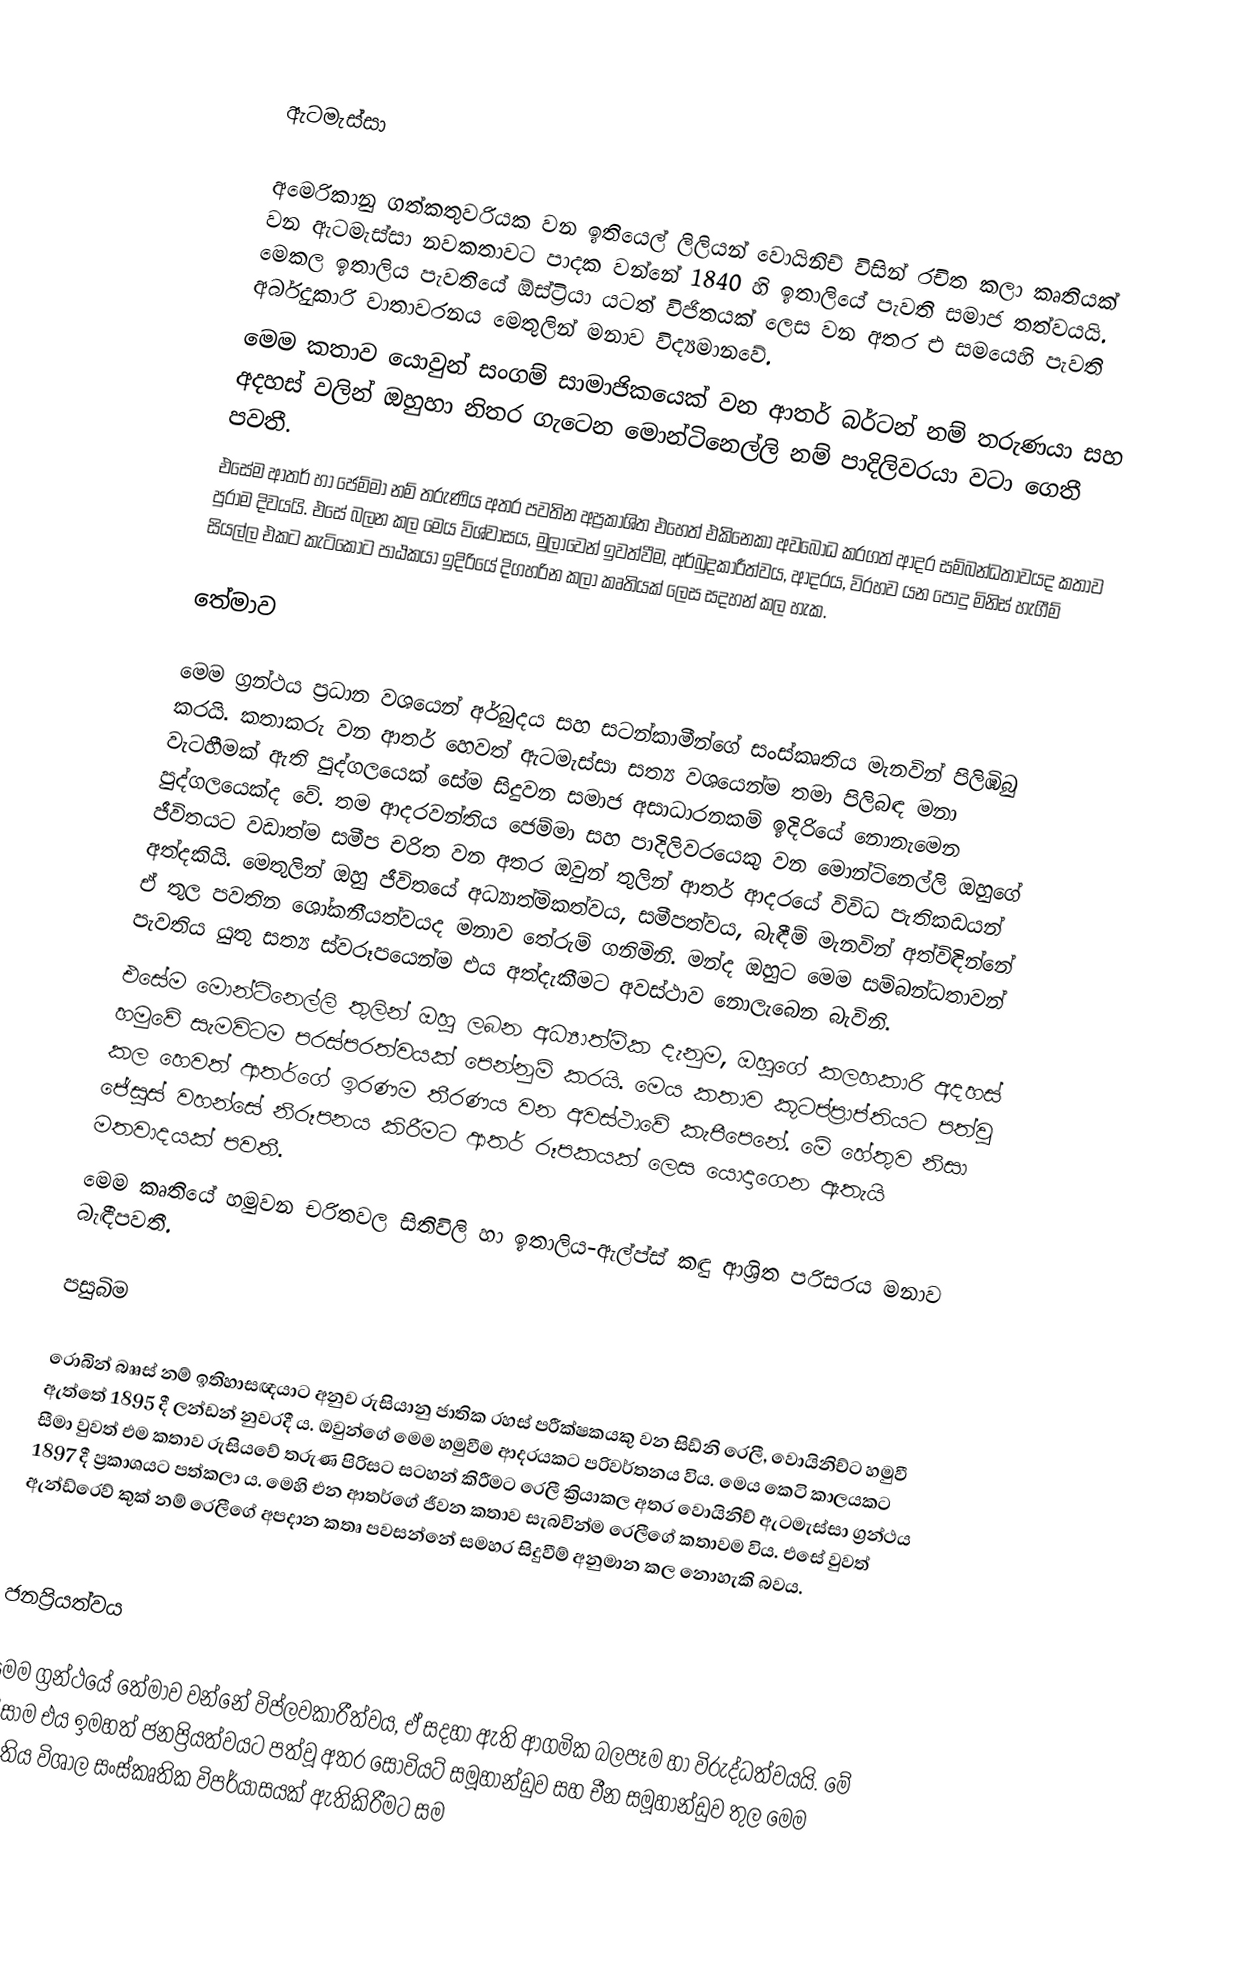

ඇටමැස්සා

අමෙරිකානු ගත්කතුවරියක වන ඉතියෙල් ලිලියන් වොයිනිච් විසින් රචිත කලා කෘතියක් වන ඇටමැස්සා නවකතාවට පාදක වන්නේ 1840 හි ඉතාලියේ පැවති සමාජ තත්වයයි. මෙකල ඉතාලිය පැවතියේ ඕස්ට්‍රියා‍ යටත් විජිතයක් ලෙස වන අතර එ සමයෙහි පැවති අර්බුදකාරි වාතාවරනය මෙතුලින් මනාව විද්‍යමානවේ.
මෙම කතාව යොවුන් සංගම් සාමාජිකයෙක් වන ආතර් බර්ටන් නම් තරුණයා සහ අදහස් වලින් ඔහුහා නිතර ගැටෙන මොන්ටිනෙල්ලි නම් පාදිලිවරයා වටා ගෙතී පවතී.
එසේම ආතර් හා ජෙම්මා නම් තරුණිය අතර පවතින අප්‍රකාශිත එහෙත් එකිනෙකා අවබෝධ කරගත් ආදර සම්බන්ධතාවයද කතාව පුරාම දිවයයි. එසේ බලන කල මෙය විශ්වාසය, මුලාවෙන් ඉවත්වීම, අර්බුදකාරීත්වය, ආදරය, විරහව යන පොදු මිනිස් හැගීම් සියල්ල එකට කැටිකොට පාඨකයා ඉදිරියේ දිගහරින කලා කෘතියක් ලෙස සදහන් කල හැක.

තේමාව

මෙම ග්‍රන්ථය ප්‍රධාන වශයෙන් අර්බුදය සහ සටන්කාමීන්ගේ සංස්කෘතිය මැනවින් පිලිඹිබු කරයි. කතාකරු වන ආතර් හෙවත් ඇටමැස්සා සත්‍ය වශයෙන්ම තමා පිලිබඳ මනා වැටහීමක් ඇති පුද්ගලයෙක් සේම සිදුවන සමාජ අසාධාරනකම් ඉදිරියේ නොනැමෙන පුද්ගලයෙක්ද වේ. තම ආදරවන්තිය ජෙම්මා සහ පාදිලිවරයෙකු වන මොන්ටිනෙල්ලි ඔහුගේ ජීවිතයට වඩාත්ම සමීප චරිත වන අතර ඔවුන් තුලින් ආතර් ආදරයේ විවිධ පැතිකඩයන් අත්දකියි. මෙතුලින් ඔහු ජීවිතයේ අධ්‍යාත්මිකත්වය, සමීපත්වය, බැඳීම් මැනවින් අත්විඳින්නේ ඒ තුල පවතින ශෝකනීයත්වයද මනාව තේරුම් ගනිමිනි. මන්ද ඔහුට මෙම සම්බන්ධතාවන් පැවතිය යුතු සත්‍ය ස්වරූපයෙන්ම එය අත්දැකීමට අවස්ථාව නොලැබෙන බැවිනි.
එසේම මොන්ටිනෙල්ලි තුලින් ඔහු ලබන අධ්‍යාත්මික දැනුම, ඔහුගේ කලහකාරි අදහස් හමුවේ සැමවිටම පරස්පරත්වයක් පෙන්නුම් කරයි. මෙය කතාව කූටප්ප්‍රාප්තියට පත්වූ කල හෙවත් ආතර්ගේ ඉරණම තීරණය වන අවස්ථාවේ කැපීපෙනේ. මේ හේතුව නිසා ජේසුස් වහන්සේ නිරූපනය කිරීමට ආතර් රූපකයක් ලෙස යොදාගෙන ඇතැයි මතවාදයක් පවතී.
මෙම කෘතියේ හමුවන චරිතවල සිතිවිලි හා ඉතාලිය-ඇල්ප්ස් කඳු ආශ්‍රිත පරිසරය මනාව බැඳීපවතී.

පසුබිම

රොබින් බෲස් නම් ඉතිහාසඥයාට අනුව රුසියානු ජාතික රහස් පරීක්ෂකයකු වන සිඩ්නි රෙලී, වොයිනිච්ට හමුවී ඇත්තේ 1895 දී ලන්ඩන් නුවරදී ය. ඔවුන්ගේ මෙම හමුවීම ආදරයකට පරිවර්තනය විය. මෙය කෙටි කාලයකට සීමා වුවත් එම කතාව රුසියවේ තරුණ පිරිසට සටහන් කිරීමට රෙලී ක්‍රියාකල අතර වොයිනිච් ඇටමැස්සා ග්‍රන්ථය 1897 දී ප්‍රකාශයට පත්කලා ය. මෙහි එන ආතර්ගේ ජීවන කතාව සැබවින්ම රෙලීගේ කතාවම විය. එසේ වුවත් ඇන්ඩ්රෙව් කුක් නම් රෙලීගේ අපදාන කතෘ පවසන්නේ සමහර සිදුවීම් අනුමාන කල නොහැකි බවය.

ජනප්‍රියත්වය

මෙම ග්‍රන්ථයේ තේමාව වන්නේ විප්ලවකාරීත්වය, ඒ සදහා ඇති ආගමික බලපෑම හා විරුද්ධත්වයයි. මේ නිසාම එය ඉමහත් ජනප්‍රියත්වයට පත්වූ අතර සෝවියට් සමූහාන්ඩුව සහ චීන සමූහාන්ඩුව තුල මෙම කෘතිය විශාල සංස්කෘතික විපර්යාසයක් ඇතිකිරීමට සම